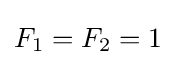
F_{1}=F_{2}=1